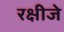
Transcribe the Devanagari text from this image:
रक्षीजे